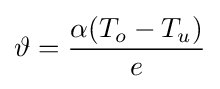
\vartheta ={\frac {\alpha (T_{o}-T_{u})}{e}}